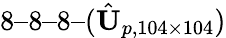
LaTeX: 8–8–8–(\hat{\textit{\textbf{U}}}_{p,104\times 104})